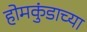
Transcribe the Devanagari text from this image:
होमकुंडाच्या